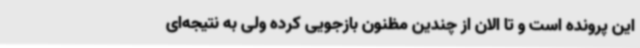
این پرونده است و تا الان از چندین مظنون بازجویی کرده ولی به نتیجه‌ای